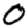
Digit: 0